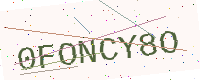
Text: 0FONCY8O